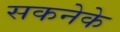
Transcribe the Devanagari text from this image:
सकनेके